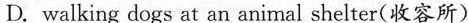
D. Walking dogs at an animal shelter(收容所)